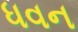
ધવન